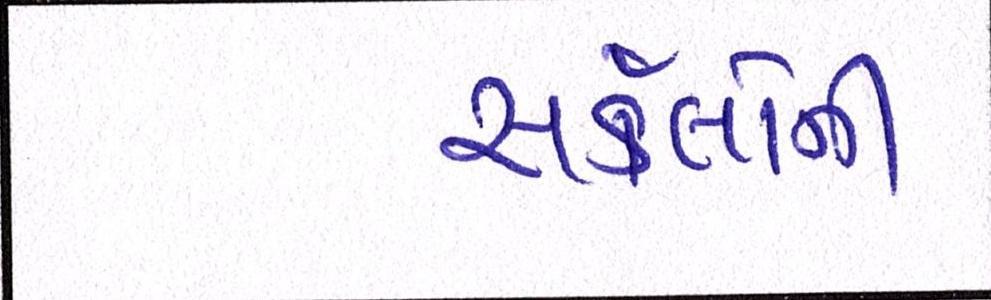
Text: સર્કલોની